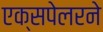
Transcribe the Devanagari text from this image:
एक्सपेलरने